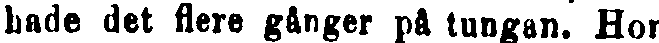
hade det flere gånger på tungan. Hon